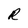
Character: R